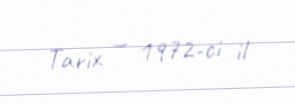
Tarix — 1972-ci il